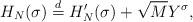
LaTeX: \begin{align*}H_N(\sigma) \stackrel{d}{=}H_N'(\sigma) + \sqrt{M} Y^{\sigma},\end{align*}